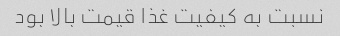
نسبت به کیفیت غذا قیمت بالا بود